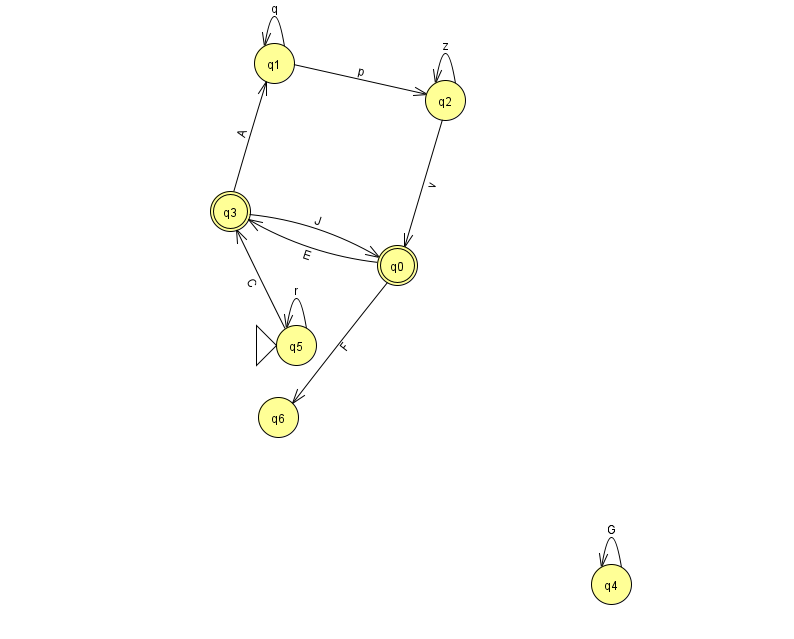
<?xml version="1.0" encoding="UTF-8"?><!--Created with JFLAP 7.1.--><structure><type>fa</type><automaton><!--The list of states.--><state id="0" name="q0"><x>397.0</x><y>252.0</y><final/></state><state id="1" name="q1"><x>274.0</x><y>50.0</y></state><state id="2" name="q2"><x>445.0</x><y>87.0</y></state><state id="3" name="q3"><x>230.0</x><y>198.0</y><final/></state><state id="4" name="q4"><x>611.0</x><y>571.0</y></state><state id="5" name="q5"><x>296.0</x><y>332.0</y><initial/></state><state id="6" name="q6"><x>278.0</x><y>404.0</y></state><!--The list of transitions.--><transition><from>3</from><to>0</to><read>J</read></transition><transition><from>1</from><to>1</to><read>q</read></transition><transition><from>3</from><to>1</to><read>A</read></transition><transition><from>5</from><to>5</to><read>r</read></transition><transition><from>0</from><to>6</to><read>F</read></transition><transition><from>1</from><to>2</to><read>p</read></transition><transition><from>4</from><to>4</to><read>G</read></transition><transition><from>2</from><to>0</to><read>v</read></transition><transition><from>2</from><to>2</to><read>z</read></transition><transition><from>5</from><to>3</to><read>C</read></transition><transition><from>0</from><to>3</to><read>E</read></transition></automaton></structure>